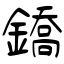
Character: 鐈